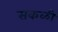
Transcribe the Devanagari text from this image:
सकळी